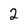
Character: 2